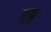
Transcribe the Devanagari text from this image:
छूफू